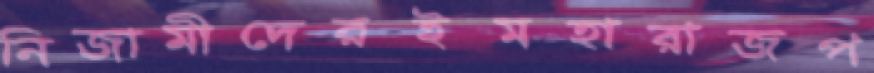
নিজামীদেরইমহারাজপ